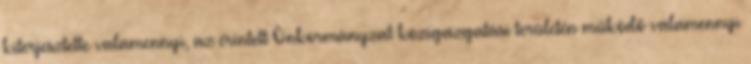
kiterjesztette valamennyi, az érintett Önkormányzat közigazgatási területén működő valamennyi